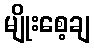
မျိုးစေ့ချ